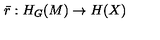
\bar { r } : H _ { G } ( M ) \rightarrow H ( X )